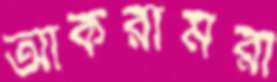
আকরামরা